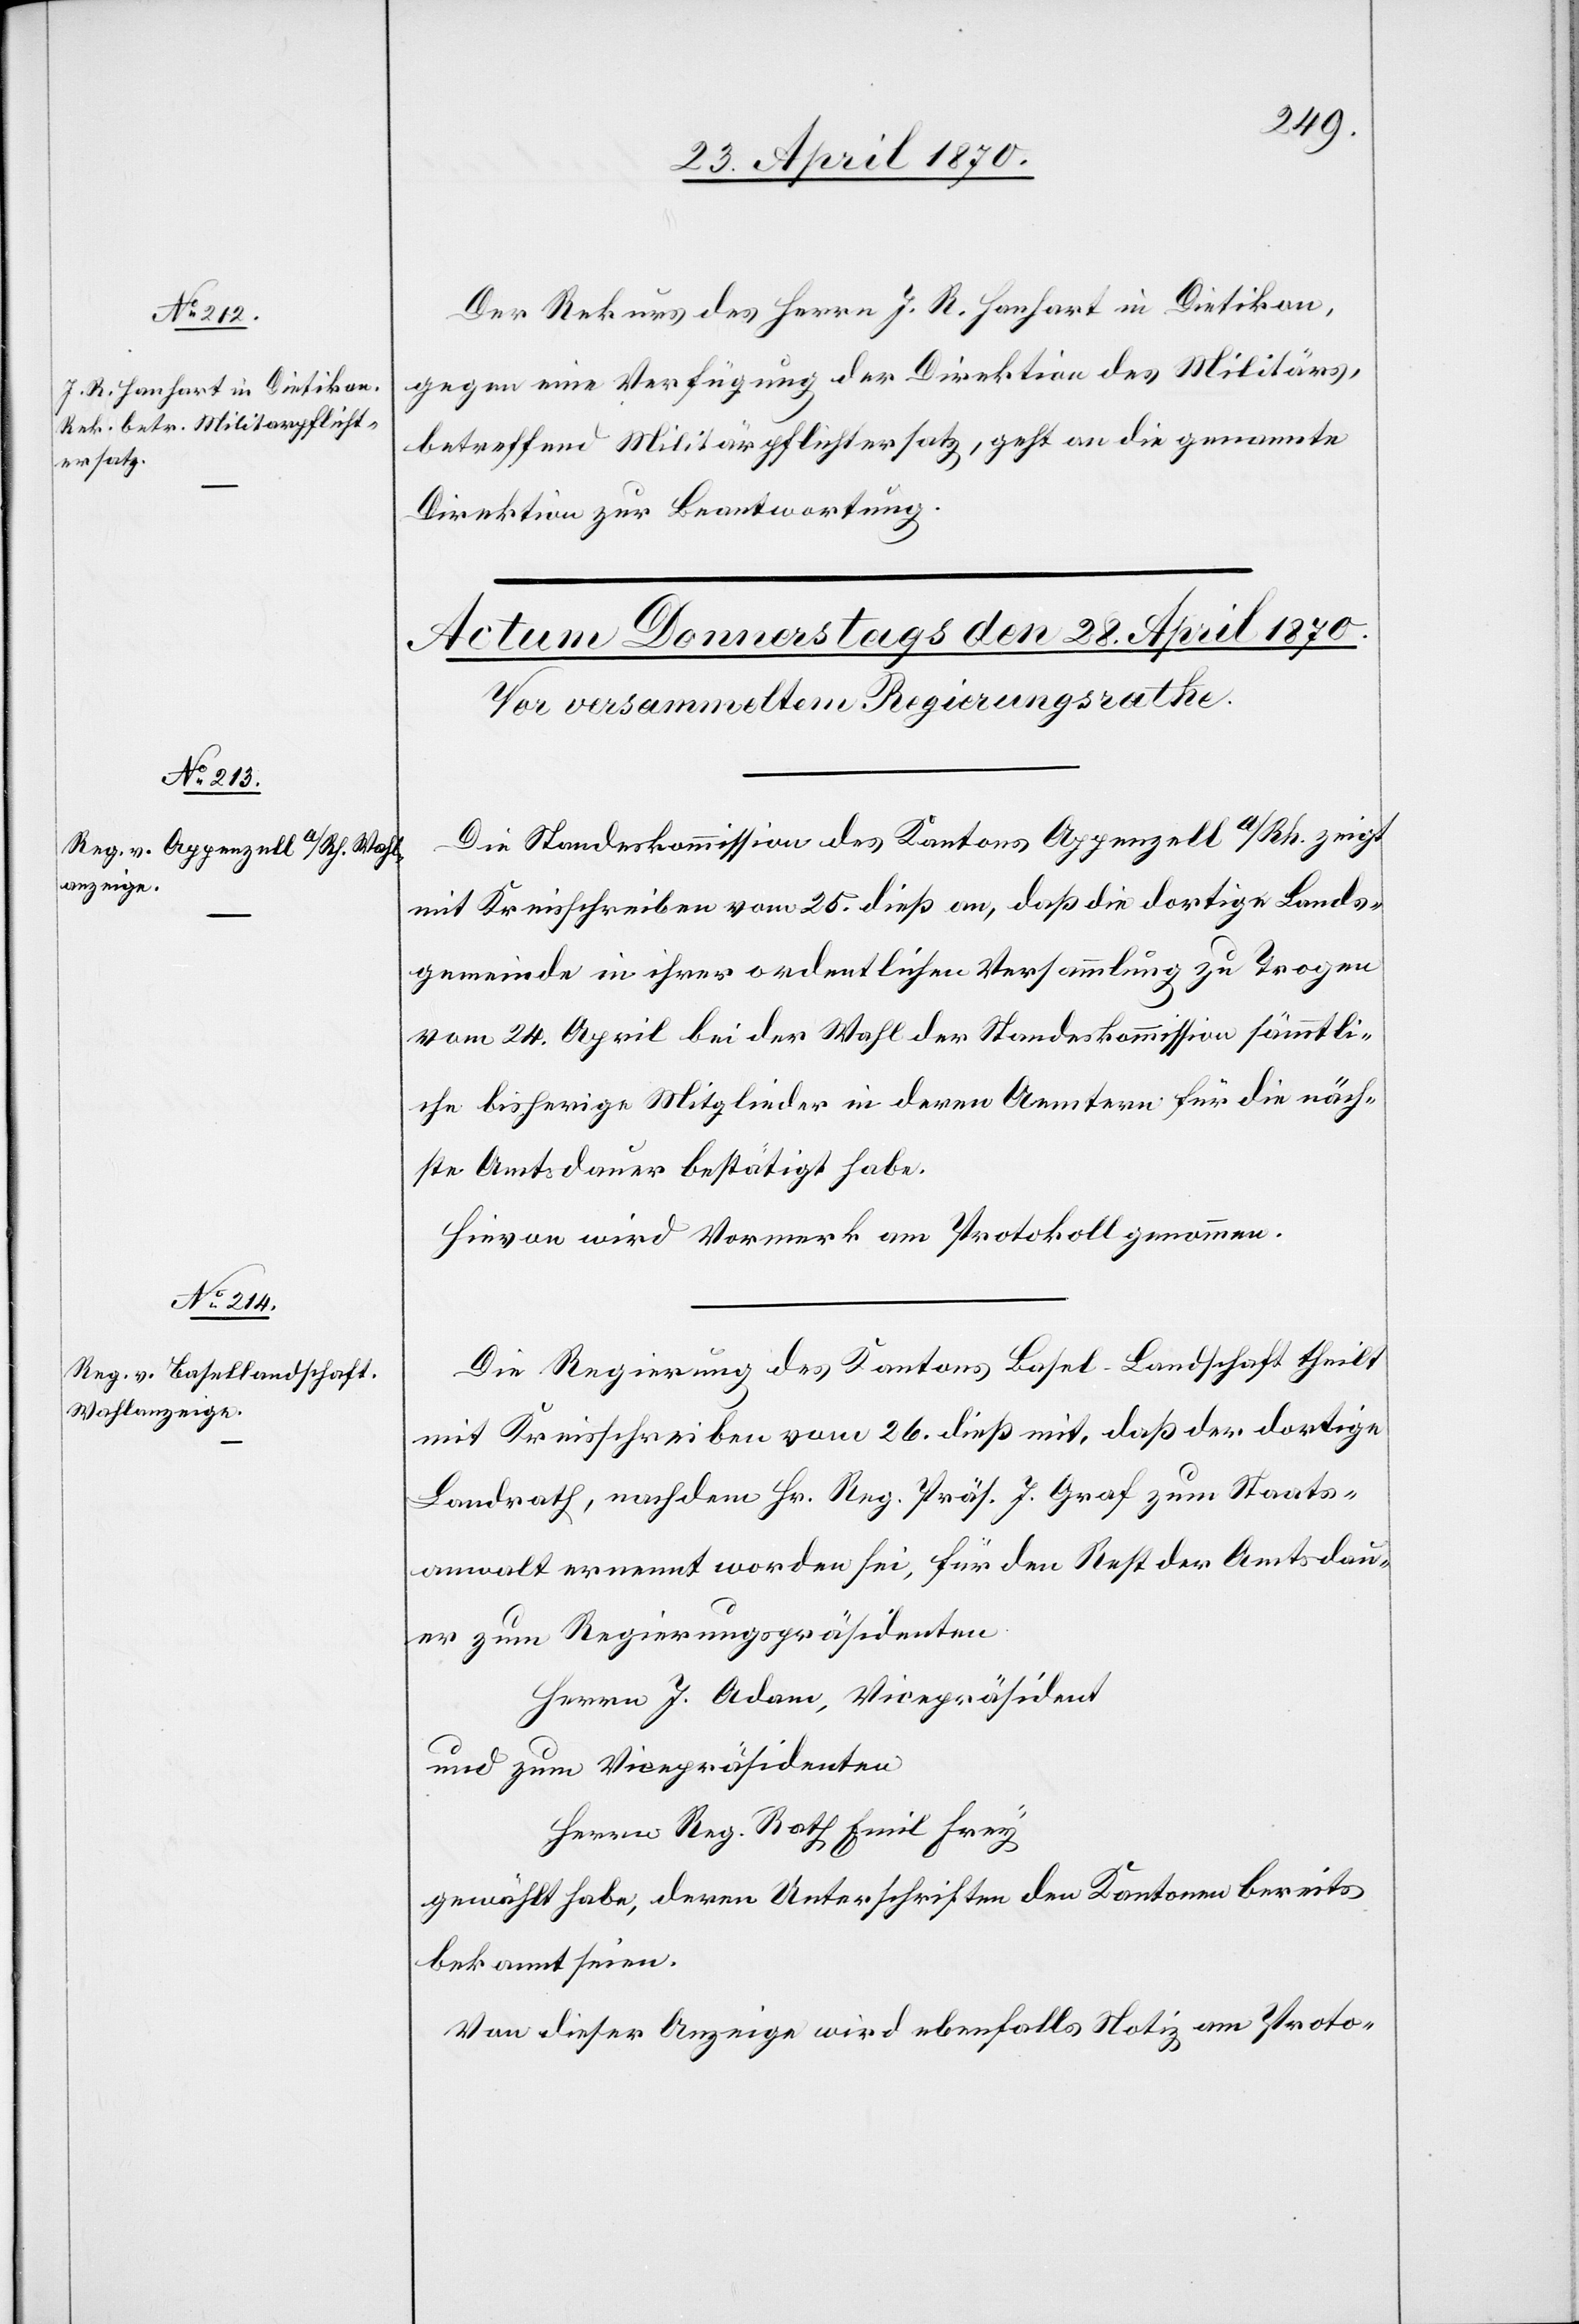
27. April 1870.]
Der Rekurs des Herrn J. R. Hanhart in Dietikon,
gegen eine Verfügung der Direktion des Militärs,
betreffend Militärpflichtersatz, geht an die genannte
Direktion zur Beantwortung.
Die Standeskommission des Kantons Appenzell A/Rh. zeigt
mit Kreisschreiben vom 25. dieß an, daß die dortige Lands¬
gemeinde in ihrer ordentlichen Versammlung zu Trogen
vom 24. April bei der Wahl der Standeskommission sämmtli¬
che bisherige Mitglieder in deren Aemtern für die näch¬
ste Amtsdauer bestätigt habe.
Hievon wird Vormerk am Protokoll genommen.
Die Regierung des Kantons Basel-Landschaft theilt
mit Kreisschreiben vom 26. dieß mit, daß der dortige
Landrath, nachdem Hr. Reg. Präs. J. Graf zum Staats¬
anwalt ernannt worden sei, für den Rest der Amtsdau¬
er zum Regierungspräsidenten
Herrn J. Adam, Vicepräsident
und zum Viecepräsidenten
Herrn Reg. Rath Emil Frey
gewählt haben, deren Unterschriften den Kantonen bereits
bekannt seien.
Von dieser Anzeige wird ebenfalls Notiz am Proto-